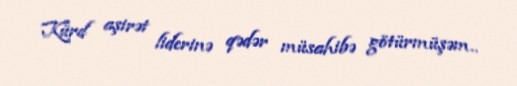
Kürd aşirət liderinə qədər müsahibə götürmüşəm..